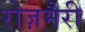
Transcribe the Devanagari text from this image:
रोज़मैरी